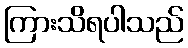
ကြားသိရပါသည်